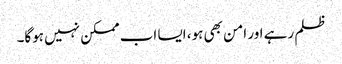
ظلم رہے اور امن بھی ہو، ایسا اب ممکن نہیں ہوگا۔